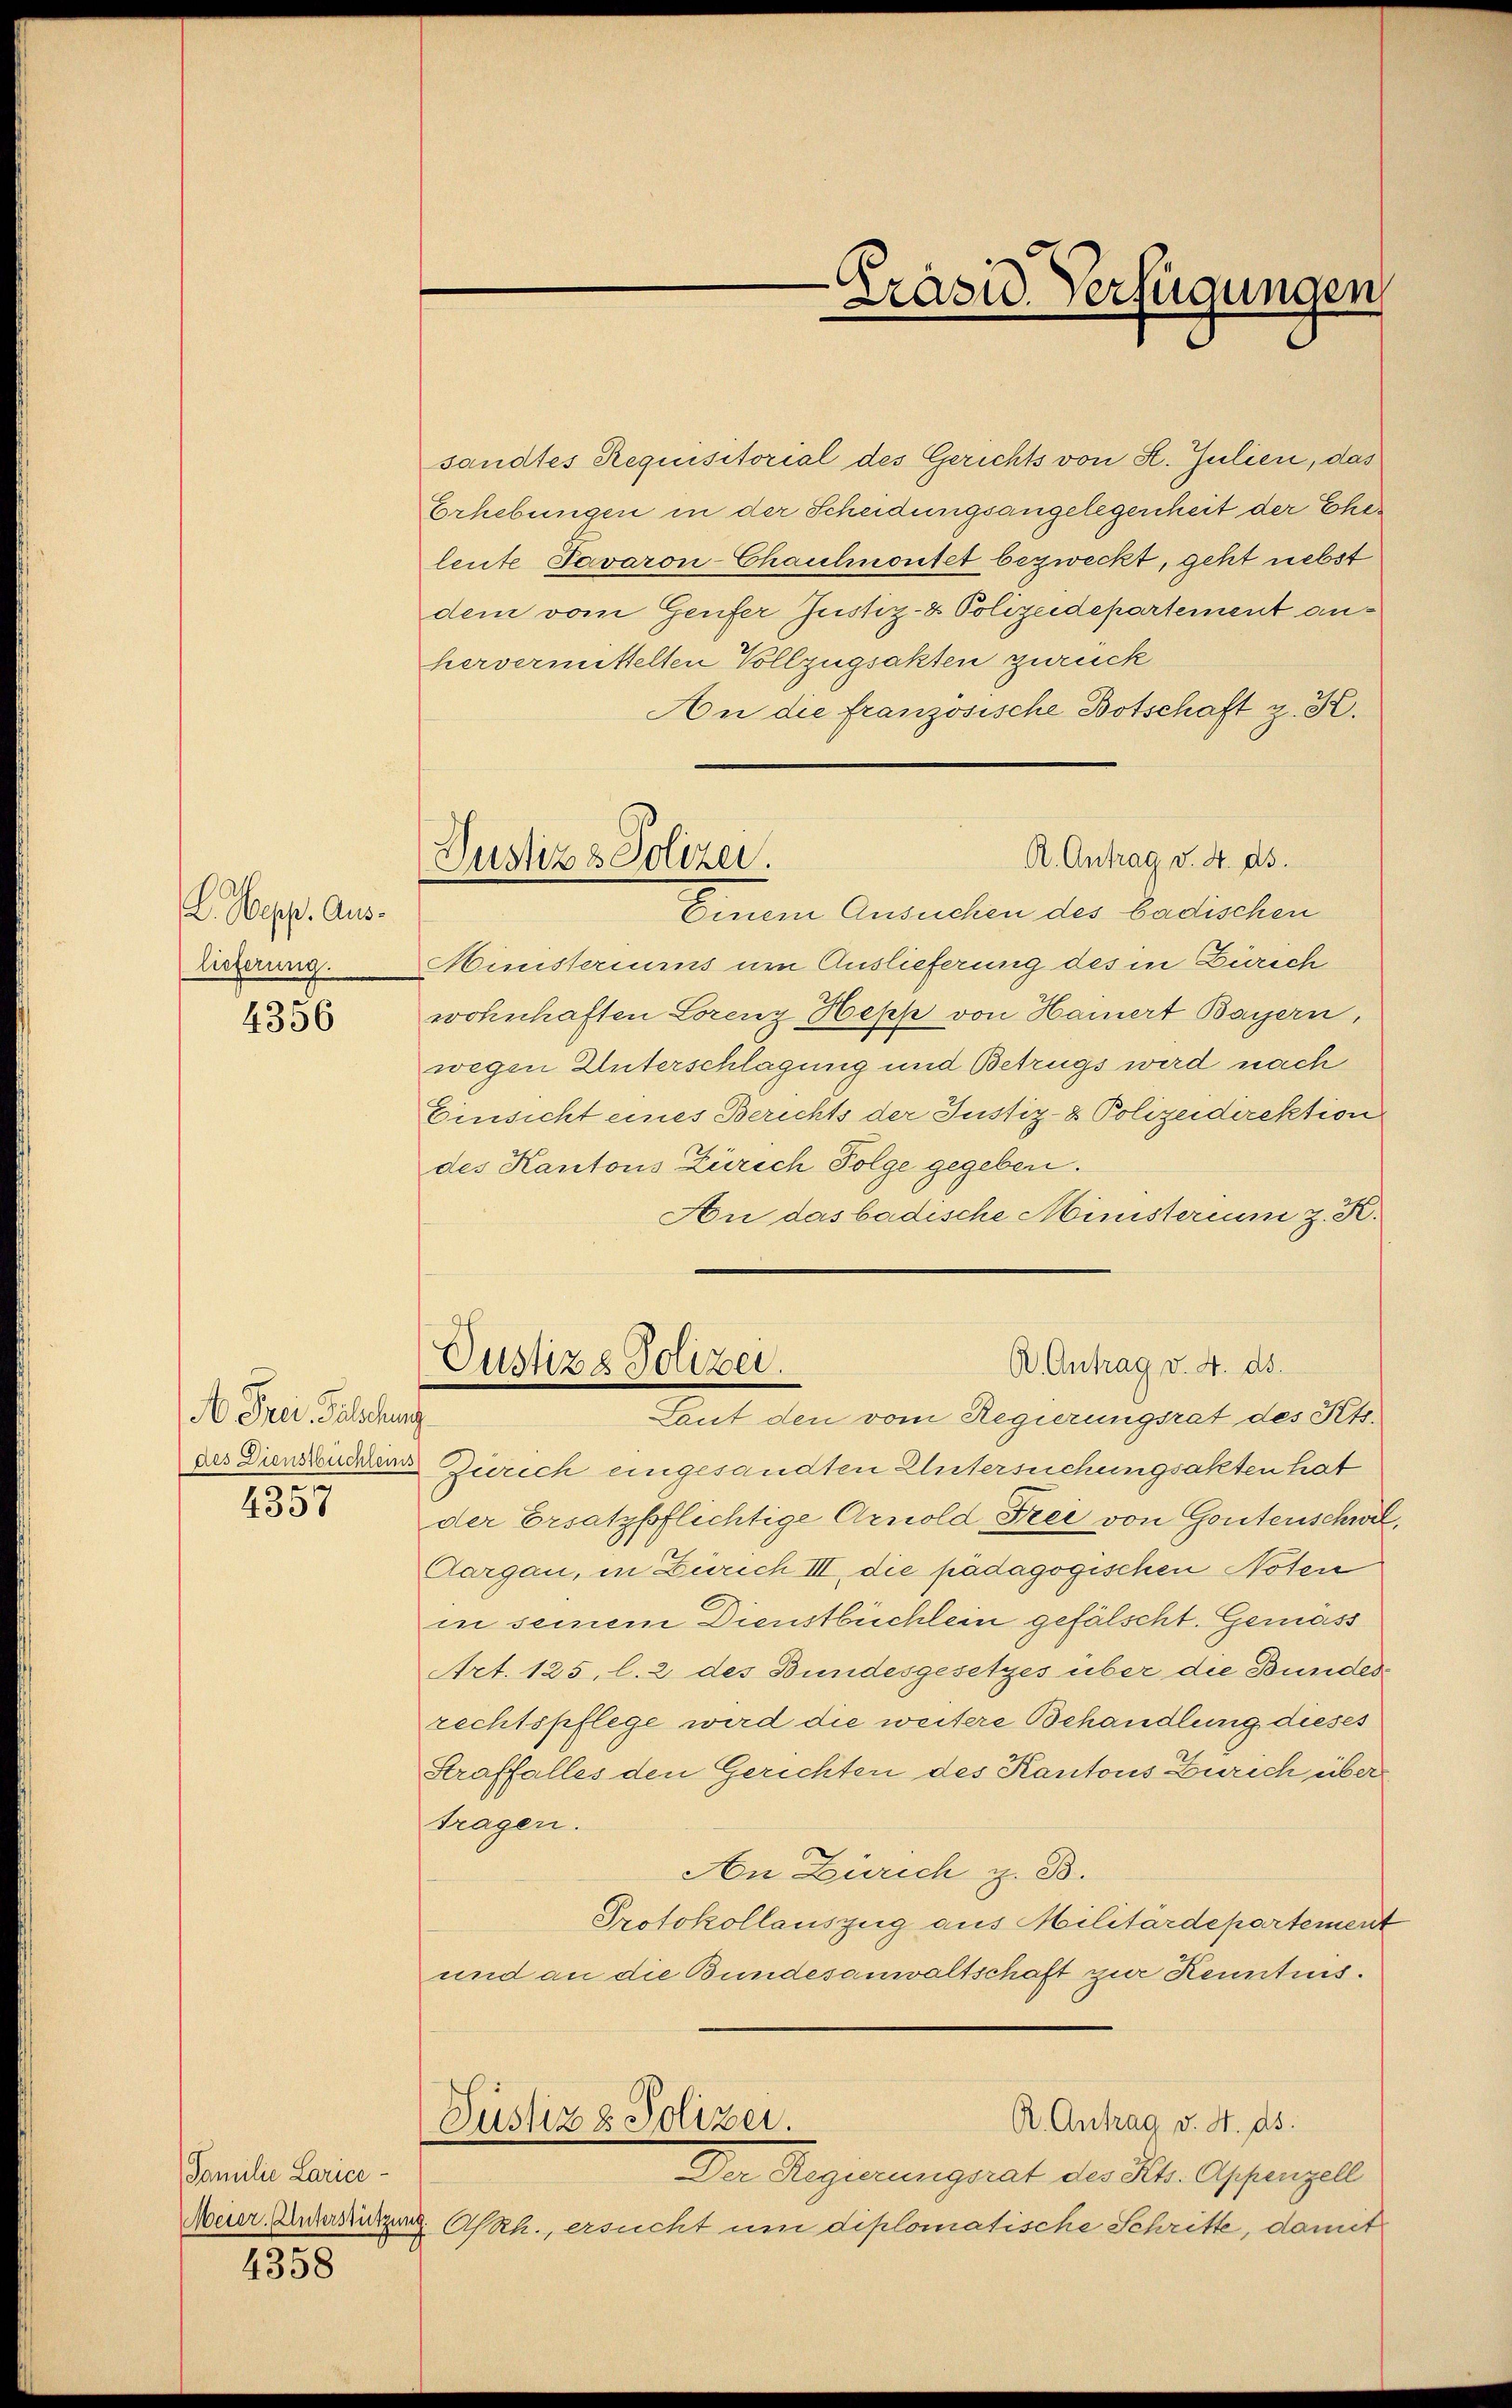
L. Mepp. Auslieferung.

4356

A Drei Gelehn
des Dienstbüchlein.
5

4337

Familie Larice¬

4358

Justiz & Polizei.

sandtes Requisitorial des Gerichts von K. Julien, das
Erhebungen in der Scheidungsangelegenheit der Eher
leute Pavaron-Chaulmontet bezweckt, geht nebst
dem vom Genfer Justiz- & Polizeidepartement anhervermittelten Vollzugsakten zurück
An die französische Botschaft z. K.
Einem Ansuchen des Badischen
Ministeriums um Auslieferung des in Zürich
wohschaften Lorenz Hess von Hamert Bayern,
wegen Unterschlagung und Betrugs wird nach
Einsicht eines Berichts der Justiz- & Polizeidirektion
des Kantons Zürich Folge gegeben.
An das badische Ministerium z. K.
R. Antrag v. 4. ds.
Custiz & Polizei.
Tout den vom Regierungsrat des Kts.
Zürich eingesandten Untersuchungsakten hat
der Ersatzpflichtige Arnold Frei von Gontenschwil,
Aargau, in Zürich III, die pädagogischen Noten
in seinem Dienstbüchlein gefälscht. Gemäss
Art. 125, l. 2 des Bundesgesetzes über die Bundes
rechtspflege wird die weitere Behandlung dieses
Straffalles den Gerichten des Kantons Zürich über
tragen.
An Zürich z. B.
Protokollauszug aus Militärdepartement
und an die Bundesanwaltschaft zur Kenntnis.
R. Antrag v. H. ds.
Justiz & Polizei.
Der Regierungsrat des St. Appenzell
Meier. Untersetzung Askh., ersucht um diplomatische Schritte, damit

Präsid. Verfügungen

R. Antrag v. 4. ds.